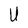
Character: U